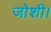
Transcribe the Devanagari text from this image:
जोशी।